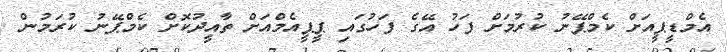
އެމްޑީޕީއަށް ކެމްޕޭނު ކުރުމަށް ފަހު އޭގެ ފަހުގައި ޕީޕީއެމްއަށް ތާއީދުކޮށް ކެމްޕޭނު ކުރަމުން